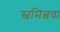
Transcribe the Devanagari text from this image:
स्वमित्ववा